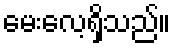
မေးလေ့ရှိသည်။